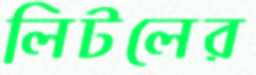
লিটলের